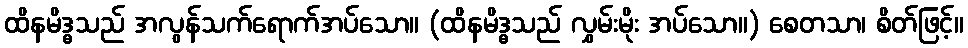
ထိနမိဒ္ဓသည် အလွန်သက်ရောက်အပ်သော။ (ထိနမိဒ္ဓသည် လွှမ်းမိုး အပ်သော။) စေတသာ၊ စိတ်ဖြင့်။